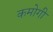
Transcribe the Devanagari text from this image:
कमोगी